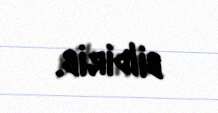
bildirib.